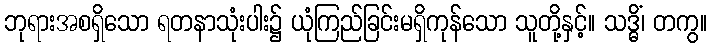
ဘုရားအစရှိသော ရတနာသုံးပါး၌ ယုံကြည်ခြင်းမရှိကုန်သော သူတို့နှင့်။ သဒ္ဓိံ၊ တကွ။